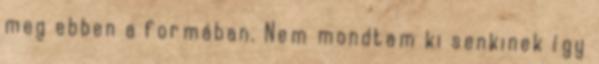
meg ebben a formában. Nem mondtam ki senkinek így